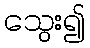
သွေး၍